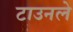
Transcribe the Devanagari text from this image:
टाउनले